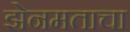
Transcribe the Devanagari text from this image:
झेनमताचा